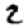
Digit: 2